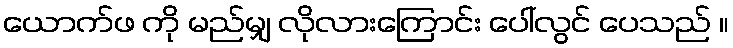
ယောက်ဖ ကို မည်မျှ လိုလားကြောင်း ပေါ်လွင် ပေသည် ။